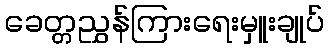
ခေတ္တညွှန်ကြားရေးမှူးချုပ်